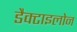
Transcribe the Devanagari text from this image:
डैक्टाइलोन